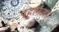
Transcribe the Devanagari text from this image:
पहलेजा